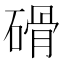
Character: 磆